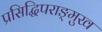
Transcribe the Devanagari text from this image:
प्रसिद्धिपराङ्‍मुख